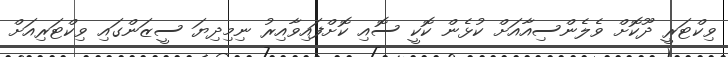
ވިކްޓަރީ ދޫކޮށް ވެލެންސިއާއަށް ކުޅެން ކޮކީ ސޮއި ކޮށްފައިވާއިރު ނިމިދިޔަ ސީޒަންގައި ވިކްޓަރިއަށް